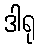
ဒါရု